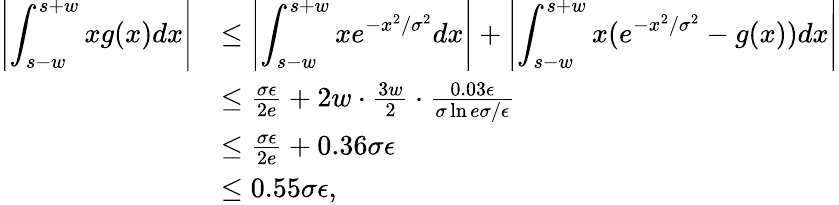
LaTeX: \begin{array}{rl}{\left|\displaystyle\int_{s-w}^{s+w}xg(x)dx\right|}&{\le\left|\displaystyle\int_{s-w}^{s+w}xe^{-x^{2}/\sigma^{2}}dx\right|+\left|\displaystyle\int_{s-w}^{s+w}x(e^{-x^{2}/\sigma^{2}}-g(x))dx\right|}\\ &{\le\frac{\sigma\epsilon}{2e}+2w\cdot\frac{3w}{2}\cdot\frac{0.03\epsilon}{\sigma\ln{e\sigma/\epsilon}}}\\ &{\le\frac{\sigma\epsilon}{2e}+0.36\sigma\epsilon}\\ &{\le 0.55\sigma\epsilon,}\end{array}